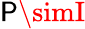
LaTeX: \mathsf{P}\simI